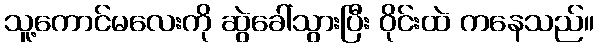
သူ့ကောင်မလေးကို ဆွဲခေါ်သွားပြီး ဝိုင်းထဲ ကနေသည်။